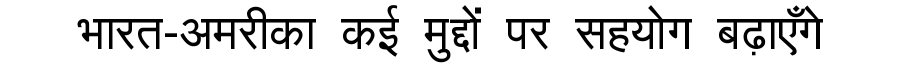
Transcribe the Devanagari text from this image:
भारत-अमरीका कई मुद्दों पर सहयोग बढ़ाएँगे